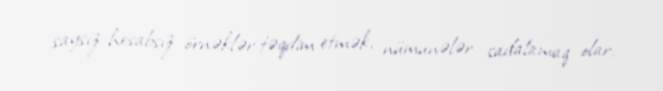
saysız-hesabsız örnəklər təqdim etmək, nümunələr sadalamaq olar.